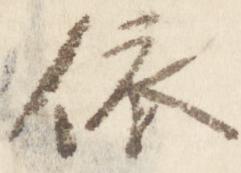
依